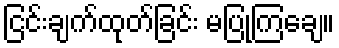
ငြင်းချက်ထုတ်ခြင်း မပြုကြချေ။